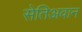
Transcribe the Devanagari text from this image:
सेतिअवान